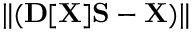
\| ( { \bf D } [ { \bf X } ] { \bf S } - { \bf X } ) \|